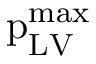
\mathrm { p } _ { \mathrm { L V } } ^ { \mathrm { m a x } }